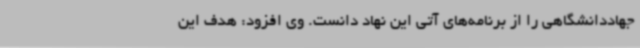
جهاددانشگاهی را از برنامه‌های آتی این نهاد دانست. وی افزود: هدف این